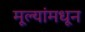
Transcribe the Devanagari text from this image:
मूल्‍यांमधून